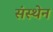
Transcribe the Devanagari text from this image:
संस्थेन